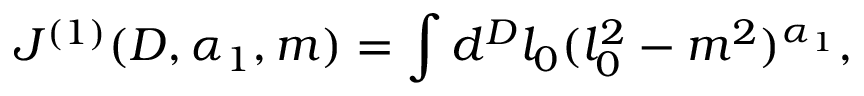
J ^ { ( 1 ) } ( D , \alpha _ { 1 } , m ) = \int d ^ { D } l _ { 0 } ( l _ { 0 } ^ { 2 } - m ^ { 2 } ) ^ { \alpha _ { 1 } } ,